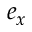
e _ { x }